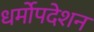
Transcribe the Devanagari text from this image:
धर्मोपदेशन